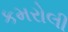
કમરોલી